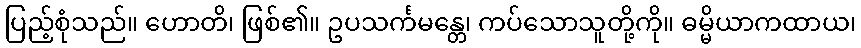
ပြည့်စုံသည်။ ဟောတိ၊ ဖြစ်၏။ ဥပသင်္ကမန္တေ၊ ကပ်သောသူတို့ကို။ ဓမ္မိယာကထာယ၊